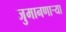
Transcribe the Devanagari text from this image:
जुमानणाऱ्या